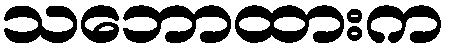
သဘောထားက